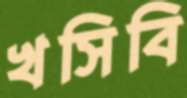
খসিবি